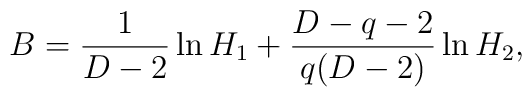
B=\frac{1}{D-2}\ln H_{1}+\frac{D-q-2}{q(D-2)}\ln H_{2},